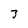
Character: 3